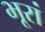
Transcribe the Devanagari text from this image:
भूरां